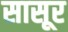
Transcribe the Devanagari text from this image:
सासूर